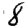
Digit: 8